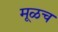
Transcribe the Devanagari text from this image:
मूळच